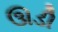
ઊડી